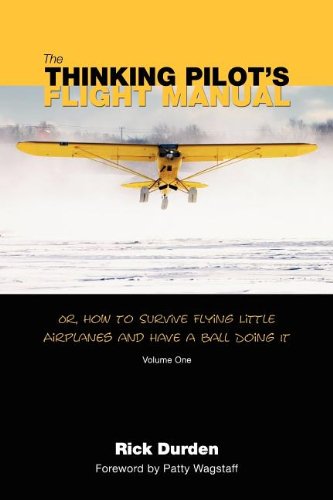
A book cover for The Thinking Pilot's Flight Manual: Or, How to Survive Flying Little Airplanes and Have a Ball Doing It; Rick Durden; Engineering & Transportation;